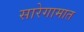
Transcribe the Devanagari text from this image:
सारेगामात